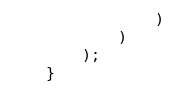
Language: PHP
                )
            )
        );
    }